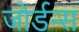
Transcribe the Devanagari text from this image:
जोर्डन्स